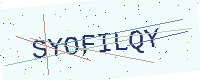
Text: SYOFILQY